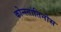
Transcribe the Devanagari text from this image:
कोन्स्तांतिनोस